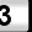
Digit: 3